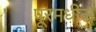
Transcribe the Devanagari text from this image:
पूरमधील